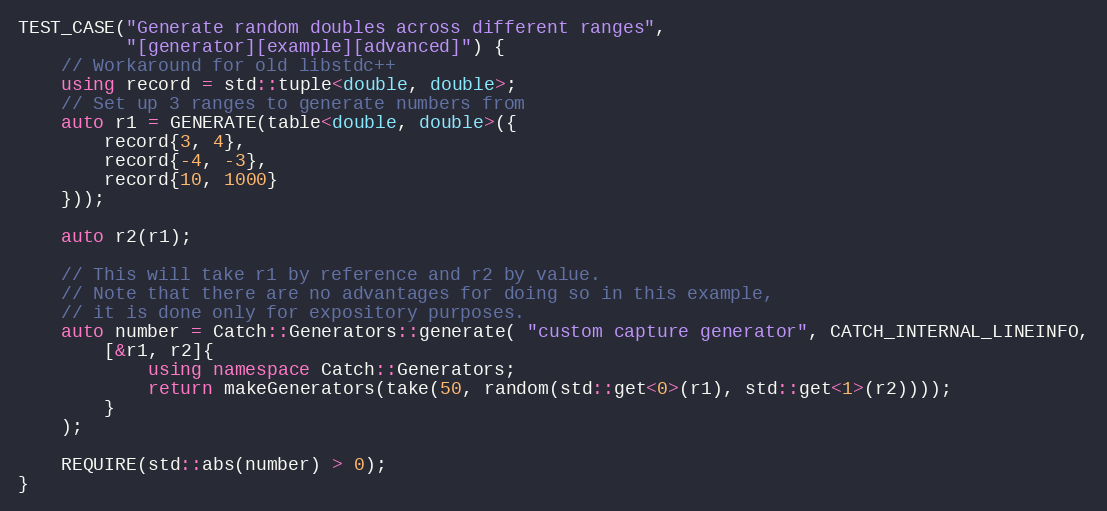
Language: C++
TEST_CASE("Generate random doubles across different ranges",
          "[generator][example][advanced]") {
    // Workaround for old libstdc++
    using record = std::tuple<double, double>;
    // Set up 3 ranges to generate numbers from
    auto r1 = GENERATE(table<double, double>({
        record{3, 4},
        record{-4, -3},
        record{10, 1000}
    }));

    auto r2(r1);

    // This will take r1 by reference and r2 by value.
    // Note that there are no advantages for doing so in this example,
    // it is done only for expository purposes.
    auto number = Catch::Generators::generate( "custom capture generator", CATCH_INTERNAL_LINEINFO,
        [&r1, r2]{
            using namespace Catch::Generators;
            return makeGenerators(take(50, random(std::get<0>(r1), std::get<1>(r2))));
        }
    );

    REQUIRE(std::abs(number) > 0);
}